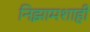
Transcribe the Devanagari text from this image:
निझामशाही